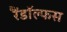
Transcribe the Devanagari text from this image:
रैंडॉल्फस